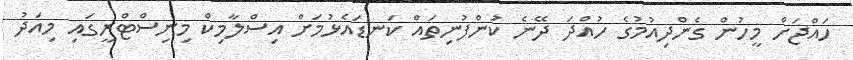
ހައްޖަށް މީހުން ގެންދިއުމުގެ ހުއްދަ ދޭނެ ކުންފުނިތައް ކަނޑައެޅުމަށް އިސްލާމިކް މިނިސްޓްރީގައި މިއަދު